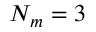
N _ { m } = 3